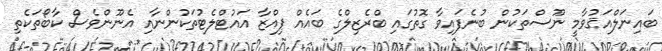
ބައިނަލްއަޤުވާމީ ނޫސްތަކުން ބުނެފައިވާ ގޮތުގައި ބްރެޒިލްގެ ބައެއް ޕިއްޒާ އައުޓްލެޓުތަކުންނާއި އެނޫންވެސް ކާބޯތަކެތި